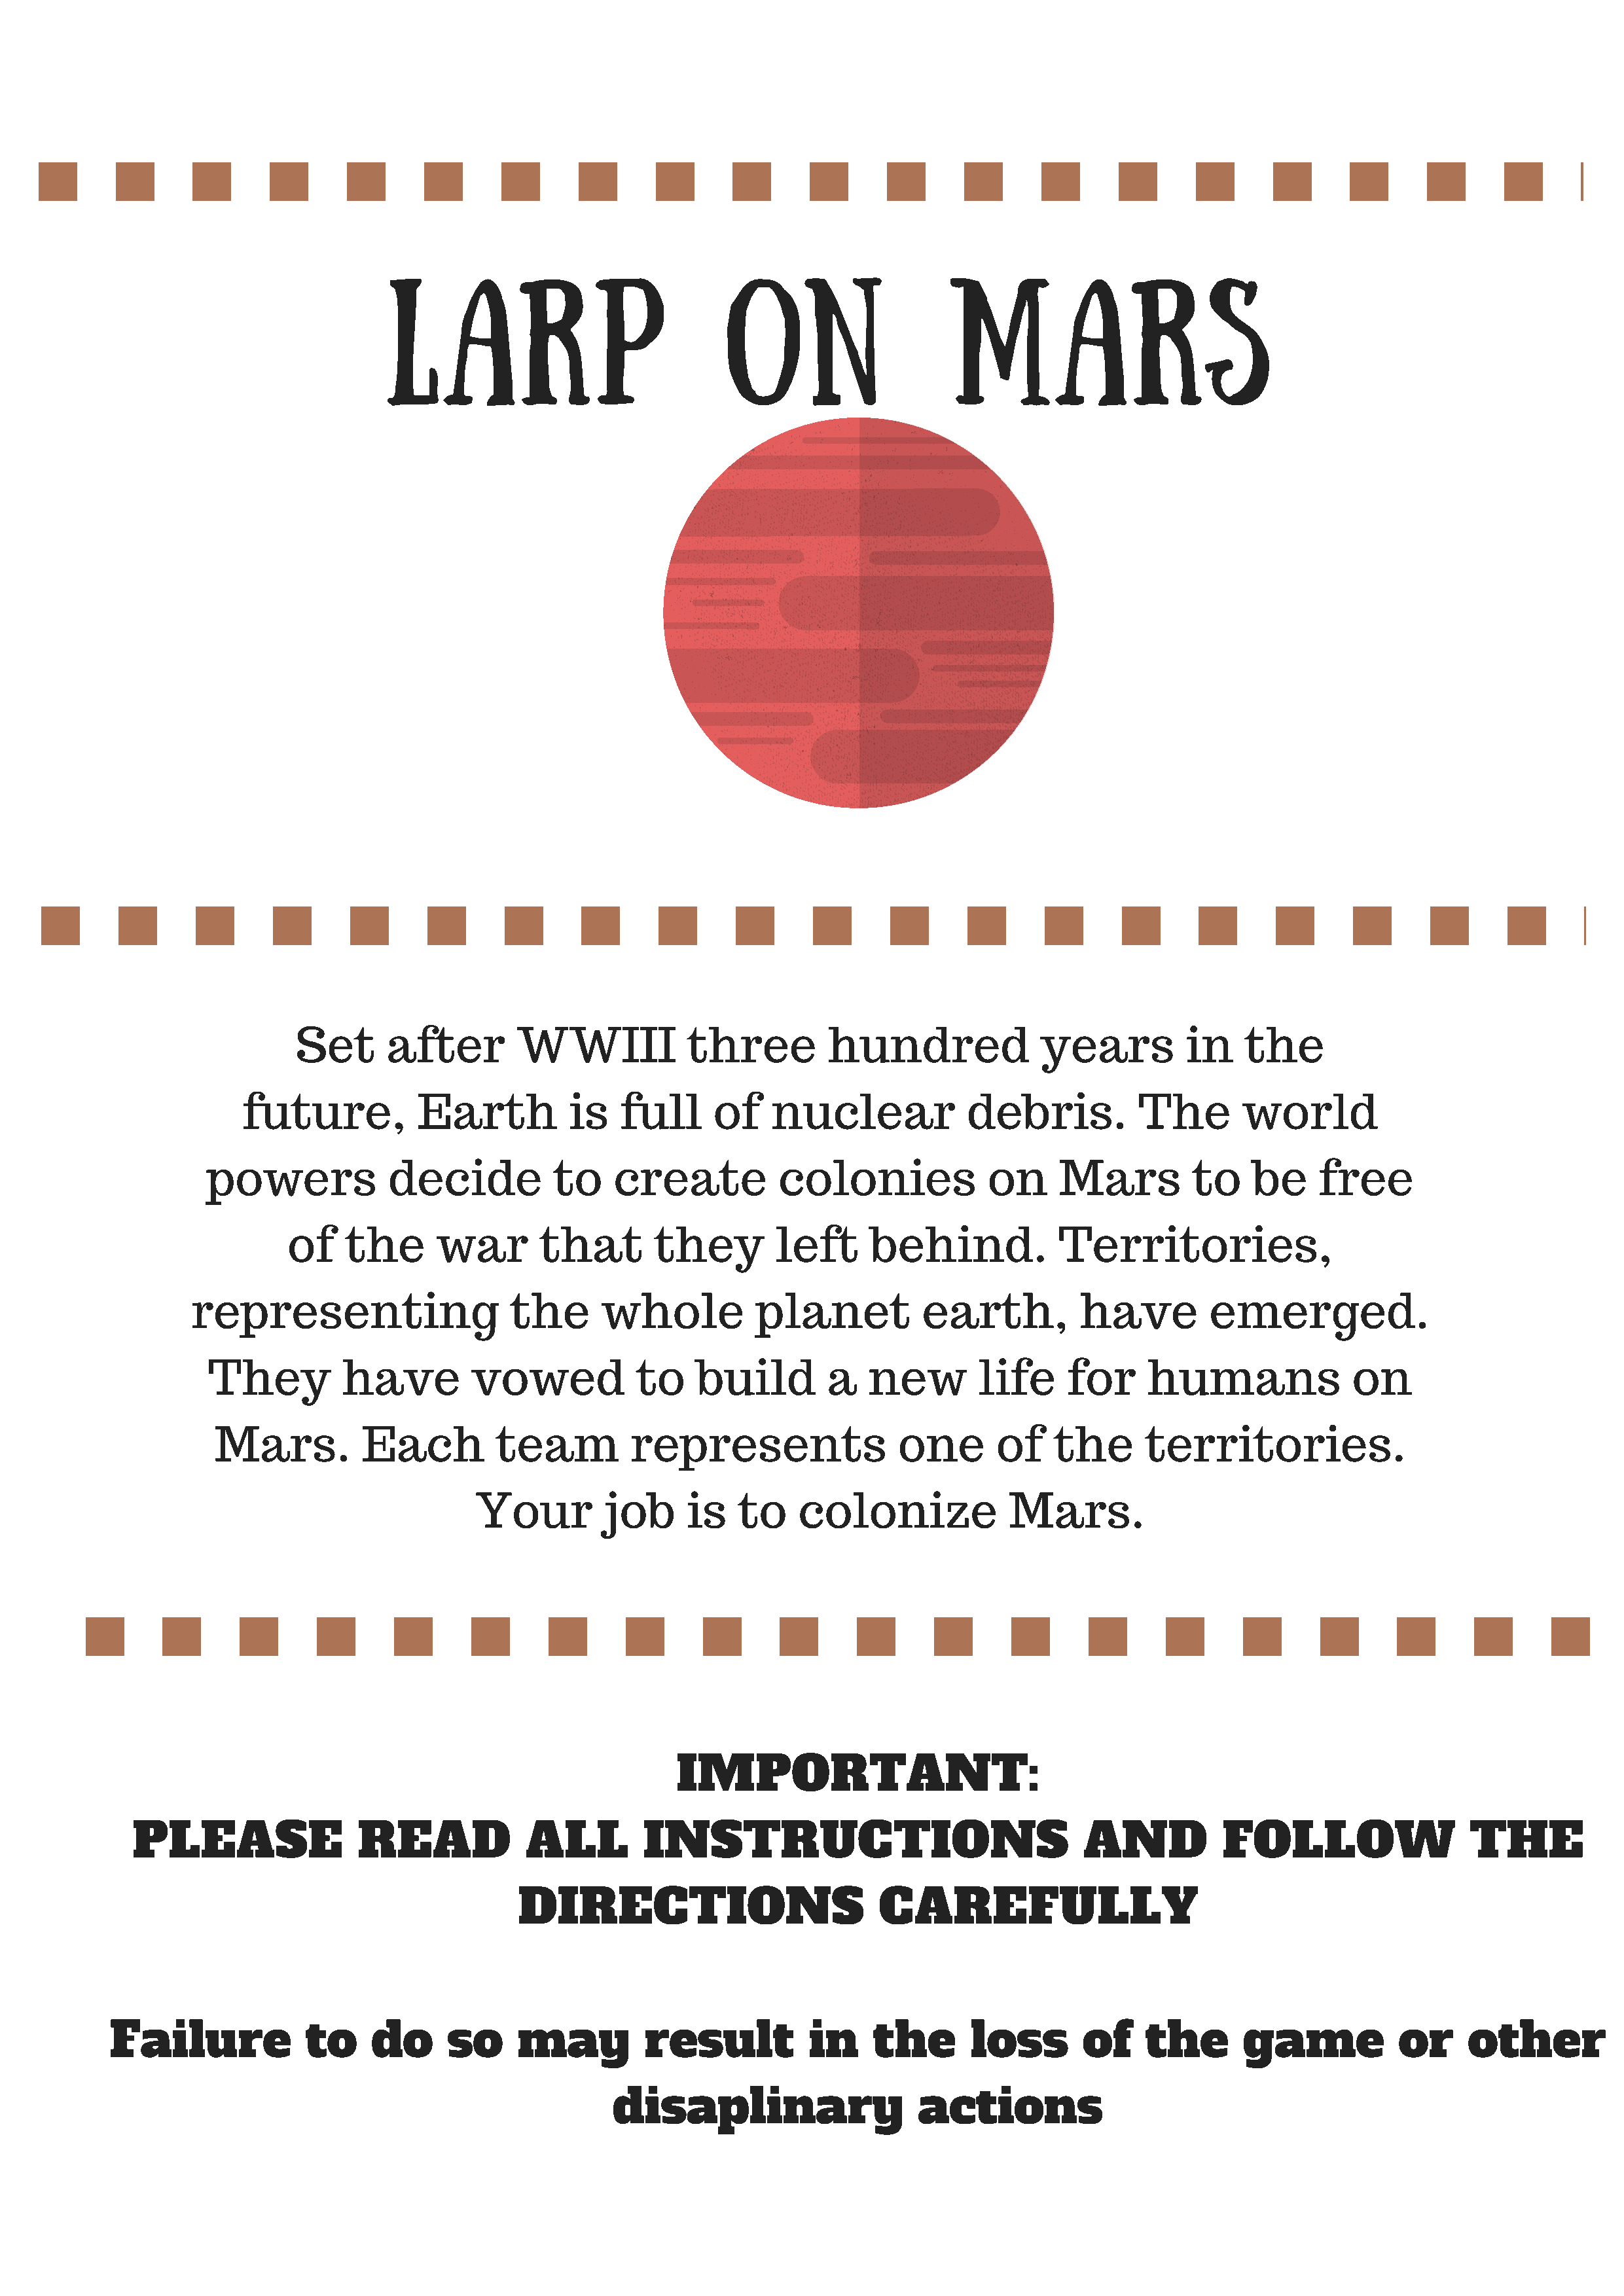
LARP                              ON                     MARS
 Set      after        WWIII            three          hundred              years          in    the
 future,           Earth          is    full     of    nuclear             debris.          The        world
 powers            decide           to    create           colonies             on     Mars          to    be    free
 of    the      war       that        they        left      behind.            Territories,
 representing                     the      whole          planet           earth,          have         emerged.
 They          have         vowed           to    build         a   new        life     for     humans               on
 Mars.          Each         team          represents                 one       of    the      territories.
 Your         job     is    to    colonize             Mars.
 IMPORTANT:
 PLEASE                 READ             ALL         INSTRUCTIONS                                AND           FOLLOW                    THE
 DIRECTIONS                           CAREFULLY
 Failure             to    do      so     may          result           in    the       loss       of     the       game           or     other
 disaplinary                    actions